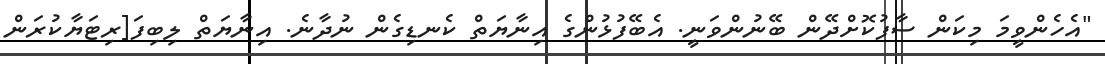
"އެހެންވީމަ މިކަން ސާފުކޮށްދޭން ބޭނުންވަނީ. އެބޭފުޅުންގެ އިނާޔަތް ކެނޑިގެން ނުދާނެ. އިނާޔަތް ލިބިފަ[ރިޓަޔާކުރަން